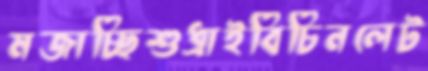
মজাচ্ছিশুধ্‌রাইবিচিনলেট